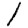
Digit: 1